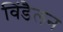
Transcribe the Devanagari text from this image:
विंडैलन